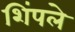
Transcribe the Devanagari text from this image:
शिंपले